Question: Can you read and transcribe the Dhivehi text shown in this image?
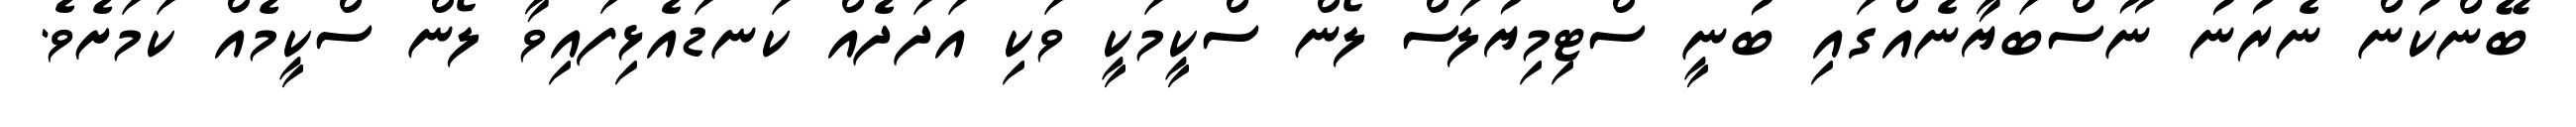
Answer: ބޭންކުން ނެރުނު ނޫސްބަޔާނެއްގައި ބުނީ ސްޓިމިޔުލަސް ލޯން ސްކީމަކީ ވަކި އަދަދެއް ކަނޑައެޅިފައިވާ ލޯން ސްކީމެއް ކަމަށެވެ.